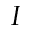
I